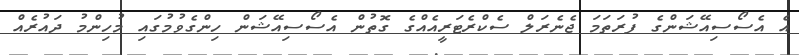
އެ އެސޯސިއޭޝަންގެ ފުރަތަމަ ޖެނެރަލް ސެކްރެޓަރީއެއްގެ ގޮތުން އެސޯސިއޭޝަން ހިންގެވުމުގައި މުހިންމު ދައުރެއް